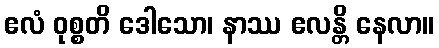
ဧလံ ဝုစ္စတိ ဒေါသော၊ နာဿ ဧလန္တိ နေလာ။